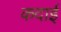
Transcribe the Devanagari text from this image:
कदाई